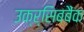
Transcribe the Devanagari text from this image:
उक्र्सिबबैंक